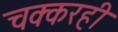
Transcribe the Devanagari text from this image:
चक्करही